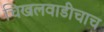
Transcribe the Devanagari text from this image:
चिखलवाडीचाच